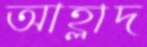
আহ্লাদ